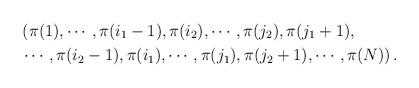
LaTeX: \begin{align*} &\left(\pi(1),\cdots,\pi(i_1-1),\pi(i_2),\cdots,\pi(j_2),\pi(j_1+1),\right.\\ &\left.\cdots,\pi(i_2-1),\pi(i_1),\cdots,\pi(j_1),\pi(j_2+1),\cdots,\pi(N)\right). \end{align*}